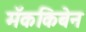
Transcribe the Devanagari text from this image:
मॅककिबेन